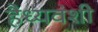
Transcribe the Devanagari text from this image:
हैध्यवंशी